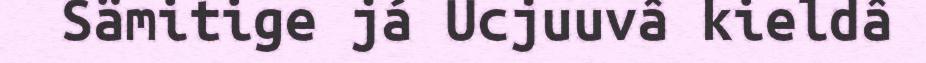
Sämitige já Ucjuuvâ kieldâ